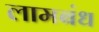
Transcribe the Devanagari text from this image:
लामबंध